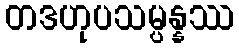
တဒဟုပသမ္ပန္နဿ